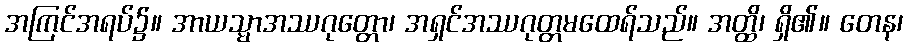
အကြင်အရပ်၌။ အာယသ္မာအဿဂုတ္တော၊ အရှင်အဿဂုတ္တမထေရ်သည်။ အတ္ထိ၊ ရှိ၏။ တေန၊